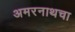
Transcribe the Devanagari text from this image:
अमरनाथचा